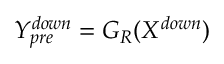
Y _ { p r e } ^ { d o w n } = G _ { R } ( X ^ { d o w n } )